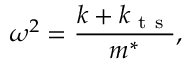
\omega ^ { 2 } = \frac { k + k _ { \mathrm { ~ t ~ s ~ } } } { m ^ { * } } ,